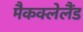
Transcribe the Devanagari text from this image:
मैकक्लेलैंड